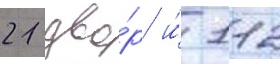
21 дво́р и́ 112